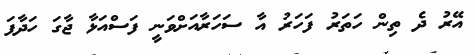
އޭރު ދެ ތިން ހަތަރު ފަހަރު އާ ސަހަރާއަށްވަނީ ފަސްއަޅާ ޖާގަ ހަދާފަ